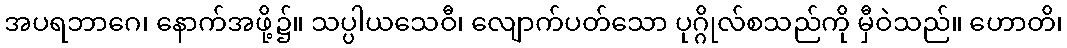
အပရဘာဂေ၊ နောက်အဖို့၌။ သပ္ပါယသေဝီ၊ လျောက်ပတ်သော ပုဂ္ဂိုလ်စသည်ကို မှီဝဲသည်။ ဟောတိ၊